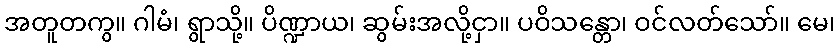
အတူတကွ။ ဂါမံ၊ ရွာသို့။ ပိဏ္ဍာယ၊ ဆွမ်းအလို့ငှာ။ ပဝိသန္တော၊ ဝင်လတ်သော်။ မေ၊